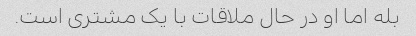
بله اما او در حال ملاقات با یک مشتری است.